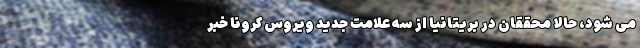
می شود، حالا محققان در بریتانیا از سه علامت جدید ویروس کرونا خبر